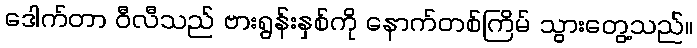
ဒေါက်တာ ဝီလီသည် ဗားရွန်းနှစ်ကို နောက်တစ်ကြိမ် သွားတွေ့သည်။